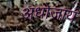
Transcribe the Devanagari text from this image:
अधोजाय